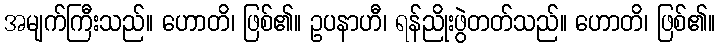
အမျက်ကြီးသည်။ ဟောတိ၊ ဖြစ်၏။ ဥပနာဟီ၊ ရန်ညိုးဖွဲတတ်သည်။ ဟောတိ၊ ဖြစ်၏။